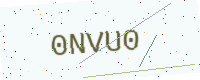
Text: 0NVU0